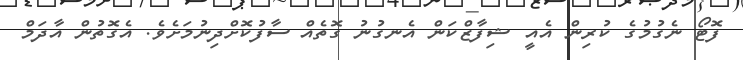
ފޮޓޯ ނެގުމުގެ ކުރިން އެއީ ޝިފާޒްކަން އެނގުނު ގޮތެއް ސާފުކޮށްދިނުމަށެވެ. އެގޮތުން އާދަމް